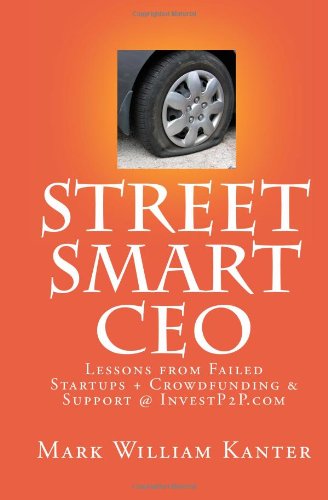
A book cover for Street Smart CEO: Lessons from Failed Startups + Crowdfunding @ InvestP2P.com; Mark William Kanter; Business & Money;